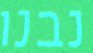
נבנו